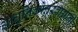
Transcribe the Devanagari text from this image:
आधुनिकोत्तरवाद्यांनी